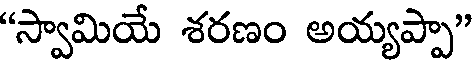
"స్వామియే శరణం అయ్యప్పా"